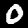
Digit: 0